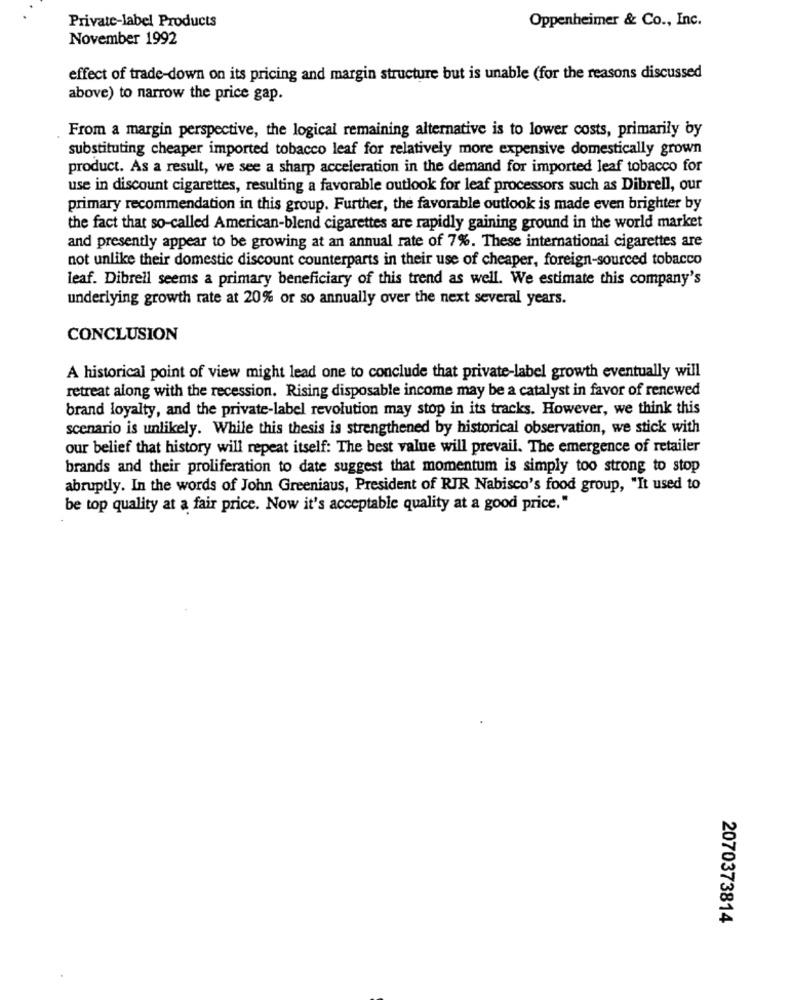
Private-label Products
Oppenheimer & Co ., Inc.
November 1992
effect of trade-down on its pricing and margin structure but is unable (for the reasons discussed
above) to narrow the price gap.
From a margin perspective, the logical remaining alternative is to lower costs, primarily by
substituting cheaper imported tobacco leaf for relatively more expensive domestically grown
product. As a result, we see a sharp acceleration in the demand for imported leaf tobacco for
use in discount cigarettes, resulting a favorable outlook for leaf processors such as Dibrell, our
primary recommendation in this group. Further, the favorable outlook is made even brighter by
the fact that so-called American-blend cigarettes are rapidly gaining ground in the world market
and presently appear to be growing at an annual rate of 7%. These international cigarettes are
not unlike their domestic discount counterparts in their use of cheaper, foreign-sourced tobacco
leaf. Dibrell seems a primary beneficiary of this trend as well. We estimate this company's
underlying growth rate at 20% or so annually over the next several years.
CONCLUSION
A historical point of view might lead one to conclude that private-label growth eventually will
retreat along with the recession. Rising disposable income may be a catalyst in favor of renewed
brand loyalty, and the private-label revolution may stop in its tracks. However, we think this
scenario is unlikely. While this thesis is strengthened by historical observation, we stick with
our belief that history will repeat itself: The best value will prevail. The emergence of retailer
brands and their proliferation to date suggest that momentum is simply too strong to stop
abruptly. In the words of John Greeniaus, President of RIR Nabisco's food group, "It used to
be top quality at a fair price. Now it's acceptable quality at a good price."
2070373814